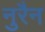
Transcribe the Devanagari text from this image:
नुरैन